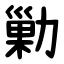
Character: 勦